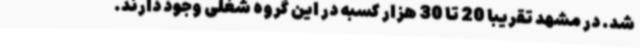
شد. در مشهد تقریبا 20 تا 30 هزار کسبه در این گروه شغلی وجود دارند.